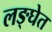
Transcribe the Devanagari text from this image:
लङ्घेत